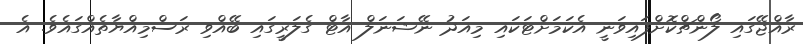
ރާއްޖޭގައި ލޯންޗްކޮށްފައިވަނީ އެކަމަށްޓަކައި މިއަދު ނޭޝަނަލް އާޓް ގެލަރީގައި ބޭއްވި ރަސްމިއްޔާތެއްގައެވެ. އެ